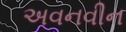
અવનવીન